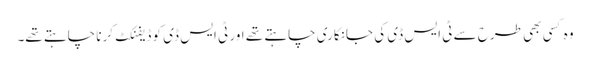
وہ کسی بھی طرح سے ٹی ایس ڈی کی جانکاری چاہتے تھے اور ٹی ایس ڈی کو ڈیفنکٹ کرنا چاہتے تھے۔